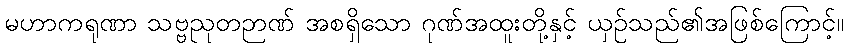
မဟာကရုဏာ သဗ္ဗညုတဉာဏ် အစရှိသော ဂုဏ်အထူးတို့နှင့် ယှဉ်သည်၏အဖြစ်ကြောင့်။